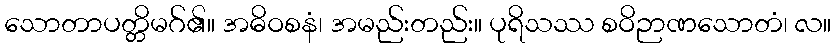
သောတာပတ္တိမဂ်၏။ အဓိဝစနံ၊ အမည်းတည်း။ ပုရိသဿ စဝိဉာဏသောတံ၊ လ။